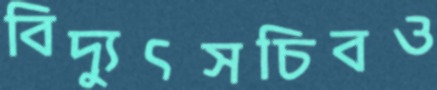
বিদ্যুৎসচিবও